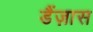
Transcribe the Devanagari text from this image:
डैंज़ास